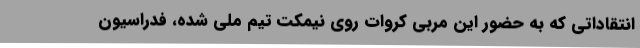
انتقاداتی که به حضور این مربی کروات روی نیمکت تیم ملی شده، فدراسیون